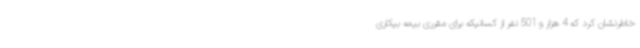
خاطرنشان کرد که 4 هزار و 501 نفر از کسانیکه برای مقرری بیمه بیکاری